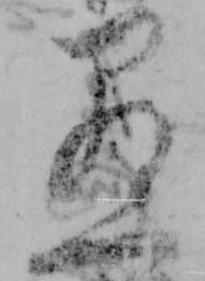
愚